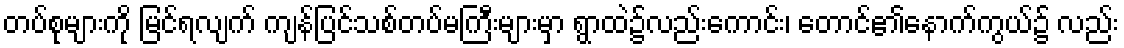
တပ်စုများကို မြင်ရလျက် ကျန်ပြင်သစ်တပ်မကြီးများမှာ ရွာထဲ၌လည်းကောင်း၊ တောင်၏နောက်ကွယ်၌ လည်း